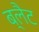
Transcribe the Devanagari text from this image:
ब्लैट